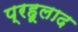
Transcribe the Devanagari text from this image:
प्रहूलाद